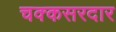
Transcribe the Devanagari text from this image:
चक्कसरदार